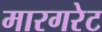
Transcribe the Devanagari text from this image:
मारगरेट